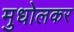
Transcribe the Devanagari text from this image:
मुधोलकर